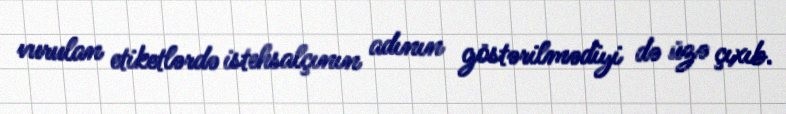
vurulan etiketlərdə istehsalçının adının göstərilmədiyi də üzə çıxıb.